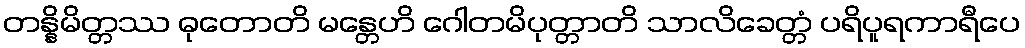
တန္နိမိတ္တဿ ဓုတောတိ မန္တေဟိ ဂေါတမိပုတ္တာတိ သာလိခေတ္တံ ပရိပူရကာရီပေ